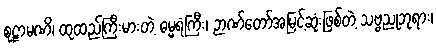
စုဠာမဏိ၊ ထုထည်ကြီးမားတဲ့ ဓမ္မရံကြီး၊ ဉာဏ်တော်အမြင့်ဆုံးဖြစ်တဲ့ သဗ္ဗညုဘုရား၊